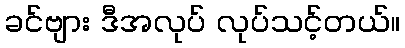
ခင်ဗျား ဒီအလုပ် လုပ်သင့်တယ်။